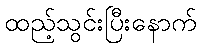
ထည့်သွင်းပြီးနောက်